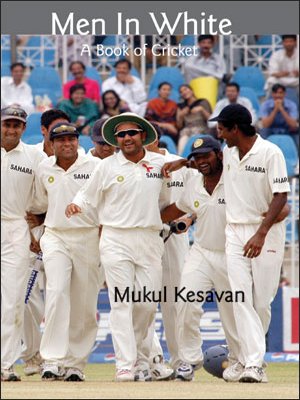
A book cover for Men in White: A Book of Cricket; Mukul Kesavan; Sports & Outdoors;